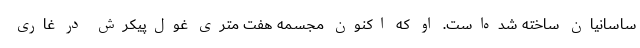
ساسانیان ساخته شده‌است. او که اکنون مجسمه هفت متری غول‌پیکرش در غاری